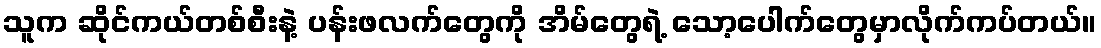
သူက ဆိုင်ကယ်တစ်စီးနဲ့ ပန်းဖလက်တွေကို အိမ်တွေရဲ့ သော့ပေါက်တွေမှာလိုက်ကပ်တယ်။